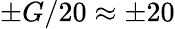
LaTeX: \pm G/20\approx\pm 20